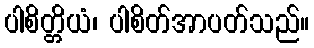
ပါစိတ္တိယံ၊ ပါစိတ်အာပတ်သည်။